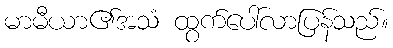
မာမီယာ၏အသံ ထွက်ပေါ်လာပြန်သည်။